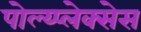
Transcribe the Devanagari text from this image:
पोल्य्प्लेक्सेस